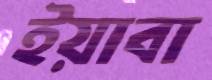
ইয়াবা